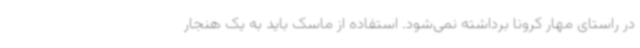
در راستای مهار کرونا برداشته نمی‌شود. استفاده از ماسک باید به یک هنجار